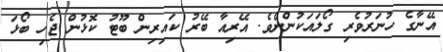
އޭނާގެ ހުނަރުވެރި ގޯލައަކުންނެވެ. އޭރިއާ ބޭރު ކައިރިން ބޫޓު ކޮޅުން ޖެހި ބޯޅަ